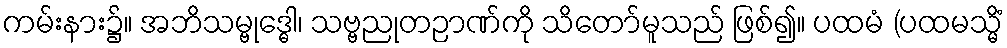
ကမ်းနား၌။ အဘိသမ္ဗုဒ္ဓေါ၊ သဗ္ဗညုတဉာဏ်ကို သိတော်မူသည် ဖြစ်၍။ ပထမံ (ပထမသ္မိံ